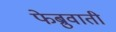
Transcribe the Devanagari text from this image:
फेब्रुवाती